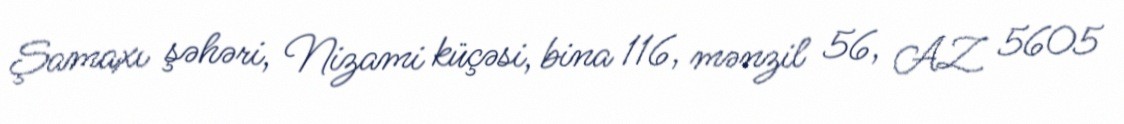
Şamaxı şəhəri, Nizami küçəsi, bina 116, mənzil 56, AZ 5605